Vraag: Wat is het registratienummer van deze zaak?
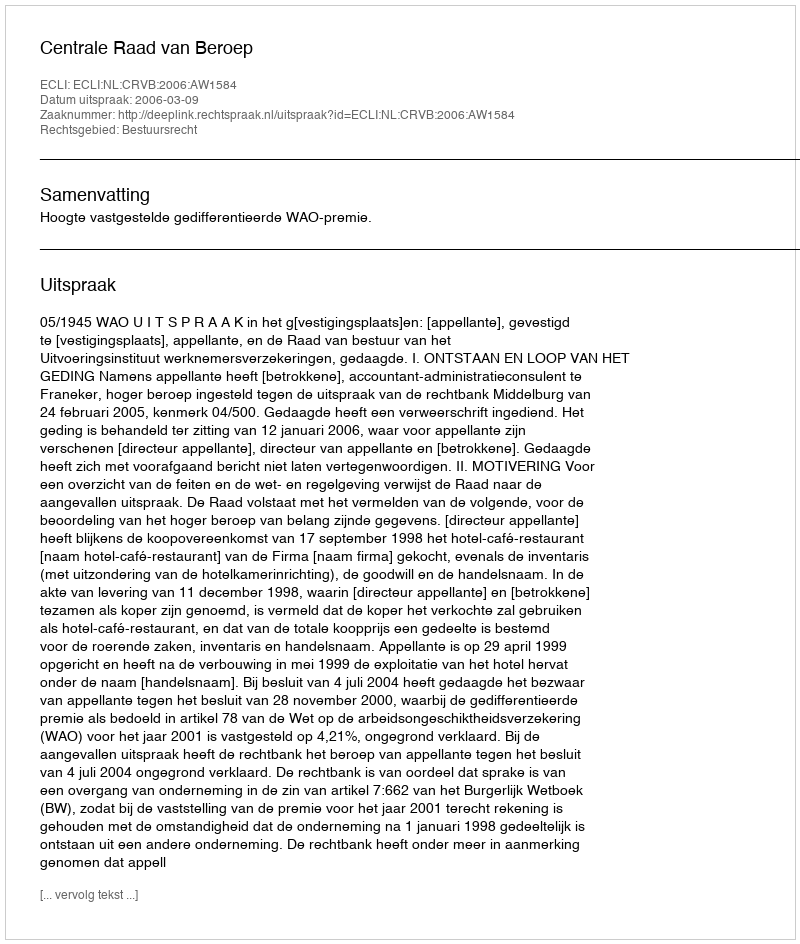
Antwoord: http://deeplink.rechtspraak.nl/uitspraak?id=ECLI:NL:CRVB:2006:AW1584